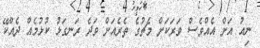
ނިއު އަށް އެއްވެސް ވަރަކަށް މެޗުގެ ތެރެއަށް ވަދެ ރަނގަޅު ކުޅުމެއް ދެއްކޭ